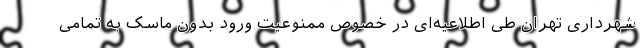
شهرداری تهران طی اطلاعیه‌ای در خصوص ممنوعیت ورود بدون ماسک به تمامی